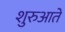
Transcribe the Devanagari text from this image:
शुरुआतें